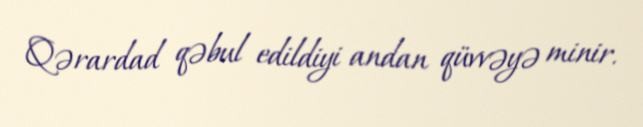
Qərardad qəbul edildiyi andan qüvvəyə minir.